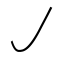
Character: ㇢